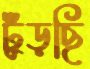
ঢুঁড়ছি